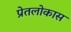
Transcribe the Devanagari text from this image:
प्रेतलोकास